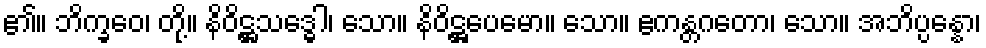
၏။ ဘိက္ခဝေ၊ တို့။ နိဝိဋ္ဌသဒ္ဓေါ၊ သော။ နိဝိဋ္ဌပေမော။ သော။ ဧကန္တဂတော၊ သော။ အဘိပ္ပန္နော၊